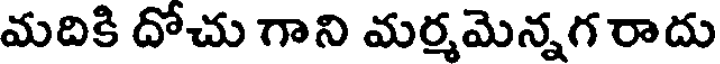
మదికి దోచు గాని మర్మమెన్నగ రాదు